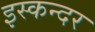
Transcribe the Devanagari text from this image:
इस्कन्दर